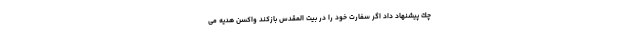
چك پيشنهاد داد اگر سفارت خود را در بیت المقدس بازکند واکسن هدیه می